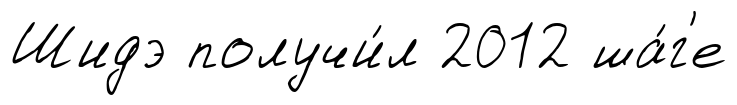
Шидэ получи́л 2012 ша́г'е